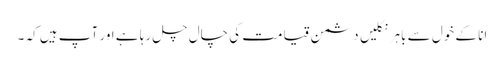
انا کے خول سے باہر نکلیں دشمن قیامت کی چال چل رہا ہے اور آپ ہیں کہ ۔